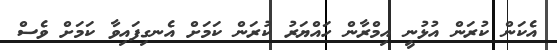
އެކަން ކުރަން އުޅުނީ އިމްރާން ހައްޔަރު ކުރަން ކަމަށް އެނގިފައިވާ ކަމަށް ވެސް